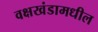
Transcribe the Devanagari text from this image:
वक्षखंडामधील